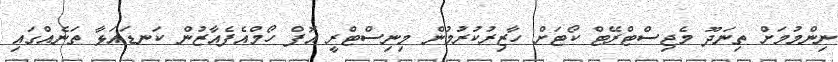
ނިންމުމަށް ތިނަދޫ މެޖިސްޓްރޭޓް ކޯޓަށް ހާޒިރުކުރުމުން މިނިސްޓްރީ އޮފް ހޯމްއެފެއާޒުން ކަނޑައަޅާ ތަނެއްގައި